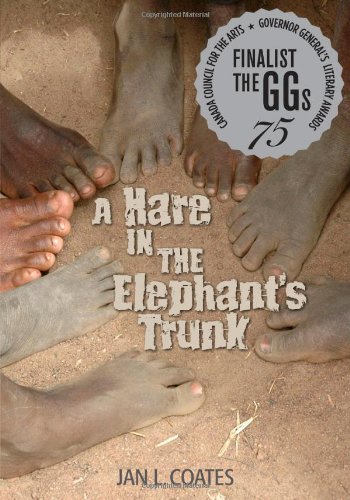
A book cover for A Hare in the Elephant's Trunk; Jan L Coates; Teen & Young Adult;